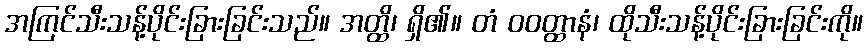
အကြင်သီးသန့်ပိုင်းခြားခြင်းသည်။ အတ္ထိ၊ ရှိ၏။ တံ ဝဝတ္ထာနံ၊ ထိုသီးသန့်ပိုင်းခြားခြင်းကို။